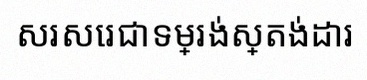
សរសេរជាទម្រង់ស្តង់ដារ